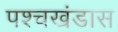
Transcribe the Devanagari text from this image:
पश्चखंडास